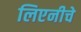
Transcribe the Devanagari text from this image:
लिएनीचे